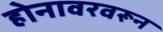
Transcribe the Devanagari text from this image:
होनावरवरून